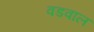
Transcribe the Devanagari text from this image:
वडवाल